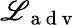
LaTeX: \mathscr{L}_{\mathrm{{~a~d~v~}}}